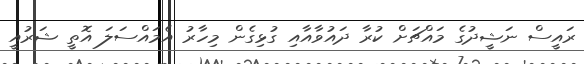
ރައީސް ނަޝީދުގެ މައްޗަށް ކުރާ ދައުވާއާއި ގުޅިގެން މިހާރު އެމައްސަލަ އޮތީ ޝަރުއީ